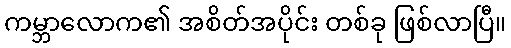
ကမ္ဘာလောက၏ အစိတ်အပိုင်း တစ်ခု ဖြစ်လာပြီ။